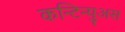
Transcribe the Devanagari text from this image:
कन्टिन्युअस